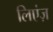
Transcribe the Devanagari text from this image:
लिएंज़